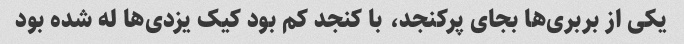
یکی از بربری‌ها بجای پرکنجد، با کنجد کم بود کیک یزدی‌ها له شده بود